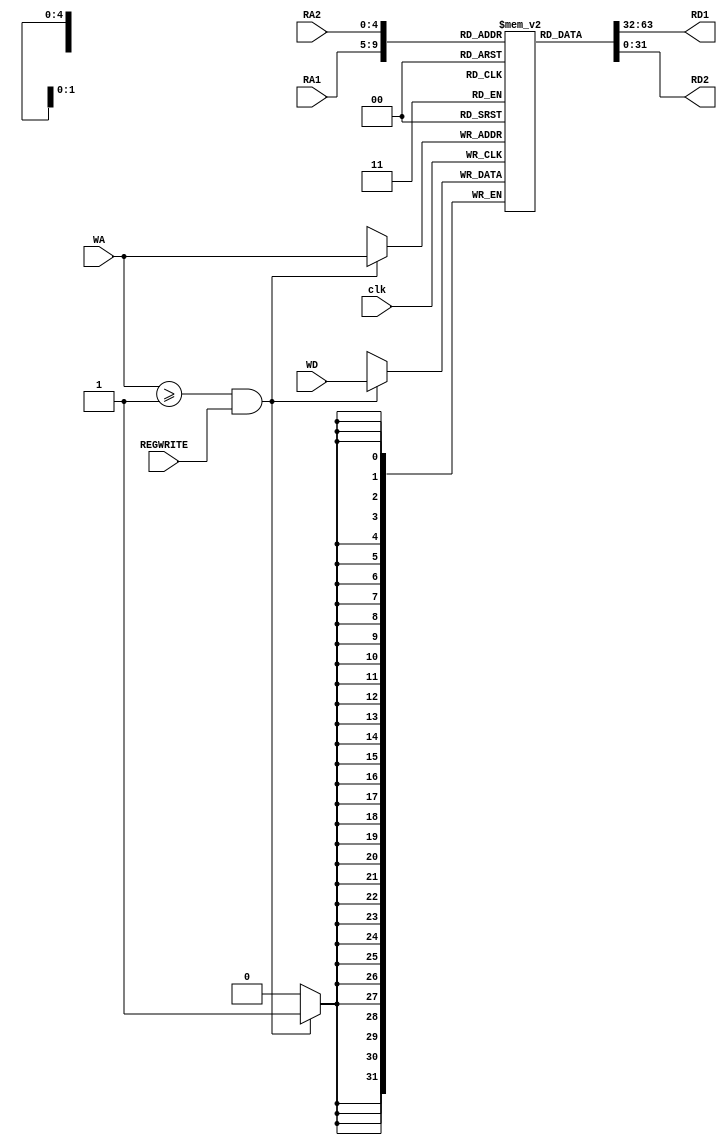
module REG_BANK(
        input clk,
        input REGWRITE,
        input [4:0] RA1, // rs1
        input [4:0] RA2, // rs2
        input [4:0] WA, // rd (write address, in this case addr of reg)
        input [31:0] WD, // write data (what we take from memory)
        output [31:0] RD1, // output of RD1
        output [31:0] RD2 // output of RD2
        );
        
        // we will use these as parallel load for each register.
        
        reg [31:0] REGCONTENT[31:0]; // 32 registers
        
        initial begin
            REGCONTENT[0] = 0; // zero
            REGCONTENT[1] = 0; // at 
            REGCONTENT[2] = 0; // v0
            REGCONTENT[3] = 0; // v1
            REGCONTENT[4] = 0; // a0
            REGCONTENT[5] = 0; // a1
            REGCONTENT[6] = 0; // a2
            REGCONTENT[7] = 0; // a3
            REGCONTENT[8] = 0; // t0
            REGCONTENT[9] = 0; // t1
            REGCONTENT[10] = 0; // t2
            REGCONTENT[11] = 0; // t3
            REGCONTENT[12] = 0; // t4
            REGCONTENT[13] = 0; // t5
            REGCONTENT[14] = 0; // t6
            REGCONTENT[15] = 0; // t7
            REGCONTENT[16] = 0; // t8
            REGCONTENT[17] = 0; // t9
            REGCONTENT[18] = 0; // s0
            REGCONTENT[19] = 0; // s1
            REGCONTENT[20] = 0; // s2
            REGCONTENT[21] = 0; // s3
            REGCONTENT[22] = 0; // s4
            REGCONTENT[23] = 0; // s5
            REGCONTENT[24] = 0; // s6
            REGCONTENT[25] = 0; // s7
            REGCONTENT[26] = 0; // k0
            REGCONTENT[27] = 0; // k1
            REGCONTENT[28] = 0; // gp
            REGCONTENT[29] = 0; // sp
            REGCONTENT[30] = 0; // fp
            REGCONTENT[31] = 0; // ra
        end
        
        always@(posedge clk)
            if(WA >= 5'b00001 && REGWRITE)
                REGCONTENT[WA] <= WD;
        
        assign RD1 = REGCONTENT[RA1];
        assign RD2 = REGCONTENT[RA2];
                
endmodule